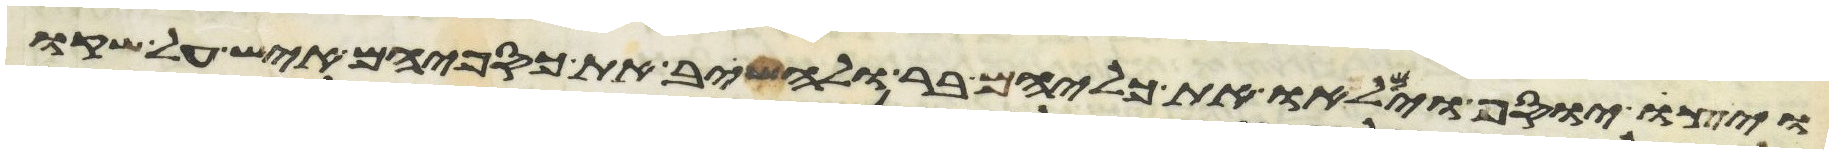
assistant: ויצו יוסף וימלאו את כליהם בר ולהשיב את כספיהם איש על שקו